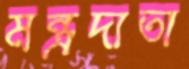
মন্ত্রদাতা